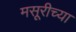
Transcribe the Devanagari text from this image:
मसूरीच्या